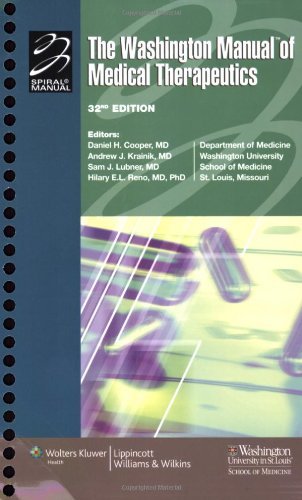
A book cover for By Washington University School of Medicine The Washington Manual of Medical Therapeutics, 32nd edition (Spiral Manual Series) (Thirty-Second) [Spiral-bound]; Education & Teaching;